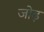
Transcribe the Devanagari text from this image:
जोढ़